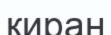
қиран